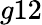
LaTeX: g12